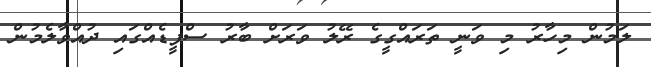
ލަމުން މިހާރު މި ވަނީ ތަރައްގީގެ ރޭލު ވަރަށް ބާރު ސްޕީޑެއްގައި ދުއްވާލެމުން